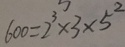
6 0 0 = 2 ^ { 3 } \times 3 \times 5 ^ { 2 }